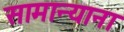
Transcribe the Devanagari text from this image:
सामान्याना